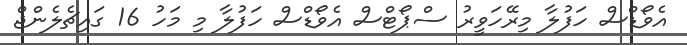
އެވޯޑްސް ހަފުލާ މިރޭހަވީރު ސްޕޯޓްސް އެވޯޑްސް ހަފުލާ މި މަހު 16 ގައިޗެލެންޖް